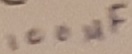
Text: 100µF